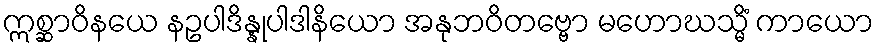
ဣစ္ဆာဝိနယေ နဥပါဒိန္နုပါဒါနိယော အနုဘဝိတဗ္ဗော မဟောဃသ္မိံ ကာယော